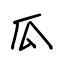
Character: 瓜